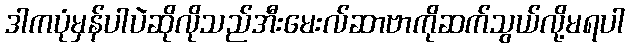
ဒါကပုံမှန်ပါပဲဆိုလိုသည်အီးမေးလ်ဆာဗာကိုဆက်သွယ်လို့မရပါ